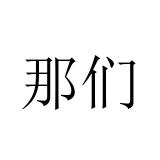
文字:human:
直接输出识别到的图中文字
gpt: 那们